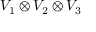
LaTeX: V _ { 1 } \otimes V _ { 2 } \otimes V _ { 3 }